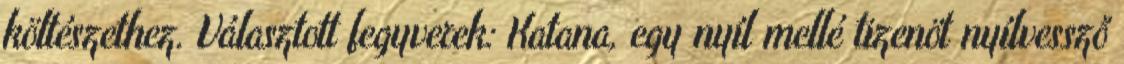
költészethez. Választott fegyverek: Katana, egy nyíl mellé tizenöt nyílvessző